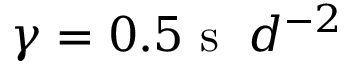
\gamma = 0 . 5 \mathrm { ~ s ~ } \; d ^ { - 2 }